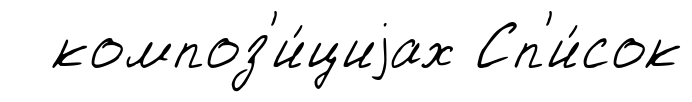
композ'и́циjах Сп'и́сок